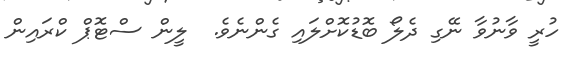
ހުރީ ވާނުވާ ނޭގި ދެލޯ ބޮޑުކޮށްލައި ގެންނެވެ.  ލީން ސްޓޮޕް ކްރައިން